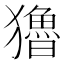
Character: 𤣃